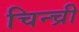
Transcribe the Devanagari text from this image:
चिन्च्री